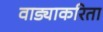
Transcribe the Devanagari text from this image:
वाड्याकरिता